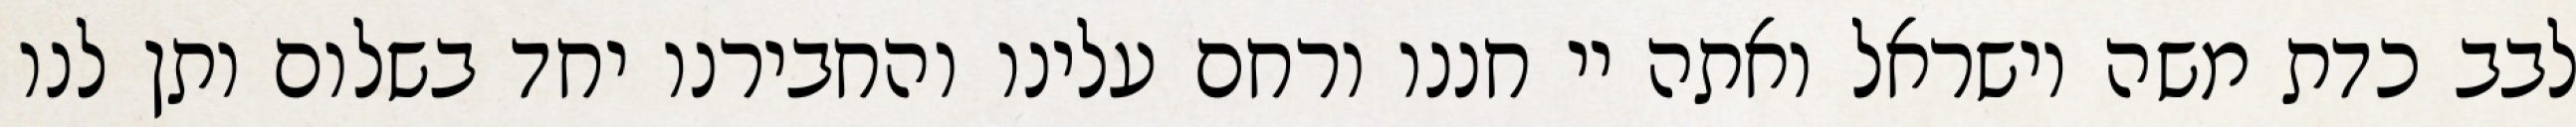
לבב כדת משה וישראל ואתה יי חננו ורחם עלינו והחבירנו יחד בשלום ותן לנו